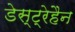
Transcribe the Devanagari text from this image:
डेस्ट्रेहैन